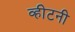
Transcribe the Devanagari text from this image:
व्हीटनी